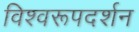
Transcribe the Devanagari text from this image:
विश्‍वरूपदर्शन